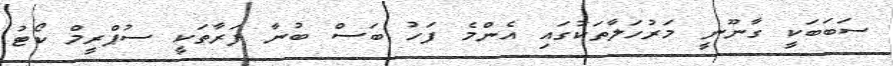
ސަބަބަކީ ގާނޫނީ މަރުހަލާތަކުގައި އެންމެ ފަހު ބަސް ބުނާ ފަރާތަކީ ސުޕްރީމް ކޯޓު